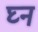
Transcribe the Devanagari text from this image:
घ्न